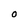
Character: O